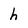
Character: h